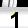
Digit: 1